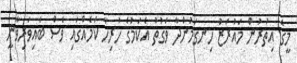
މީގެ އިތުރުން މައުރަޒު ހިނގަމުންދާ ވަގުތު އެކަމުގެ ހުރިހާ ކަމެއްގައި ވެސް ބައިވަރިވާނީ